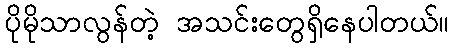
ပိုမိုသာလွန်တဲ့ အသင်းတွေရှိနေပါတယ်။